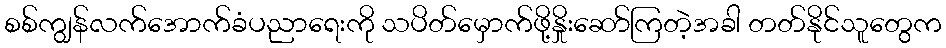
စစ်ကျွန်လက်အောက်ခံပညာရေးကို သပိတ်မှောက်ဖို့နှိုးဆော်ကြတဲ့အခါ တတ်နိုင်သူတွေက